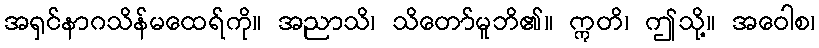
အရှင်နာဂသိန်မထေရ်ကို။ အညာသိ၊ သိတော်မူဘိ၏။ ဣတိ၊ ဤသို့။ အဝေါစ၊